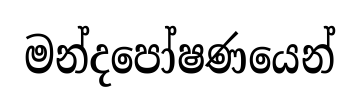
මන්දපෝෂණයෙන්